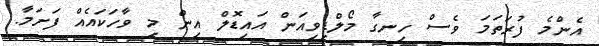
އެންމެ ފުރަތަމަ ވެސް ހިނގާ މޯލްޑިވިއަން އައިޑޮލް އިން މި ވާހަކައެއް ފަށަމާ.